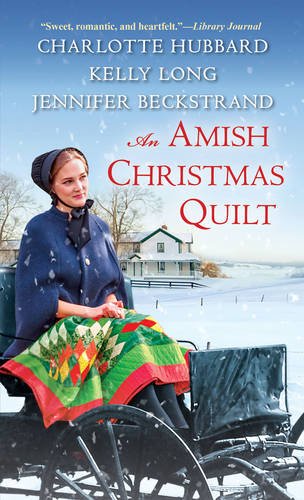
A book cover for An Amish Christmas Quilt; Charlotte Hubbard; Romance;